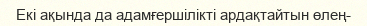
Екі ақында да адамғершілікті ардақтайтын өлең-